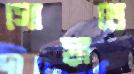
সোয়াতে